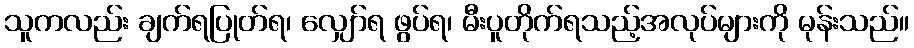
သူကလည်း ချက်ရပြုတ်ရ၊ လျှော်ရ ဖွပ်ရ၊ မီးပူတိုက်ရသည့်အလုပ်များကို မုန်းသည်။